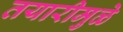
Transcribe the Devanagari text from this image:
तयारीमुळे